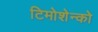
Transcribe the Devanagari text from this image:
टिमोशेन्को